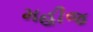
મહીજ